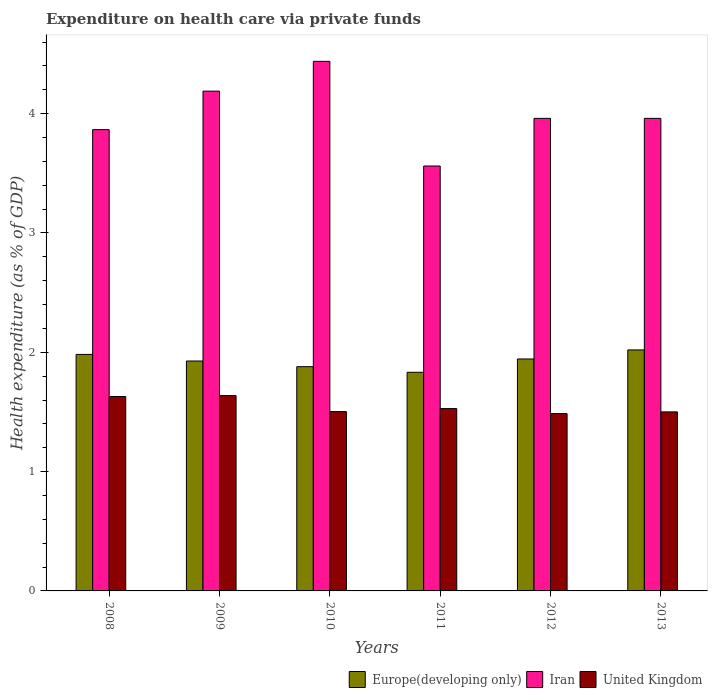
| Years | Europe(developing only) | Iran | United Kingdom |
 | --- | --- | --- | --- |
 | 2008 | 1.98 | 3.87 | 1.63 |
 | 2009 | 1.93 | 4.19 | 1.64 |
 | 2010 | 1.88 | 4.44 | 1.5 |
 | 2011 | 1.83 | 3.56 | 1.53 |
 | 2012 | 1.94 | 3.96 | 1.49 |
 | 2013 | 2.02 | 3.96 | 1.5 |